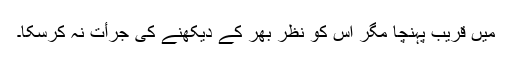
میں قریب پہنچا مگر اس کو نظر بھر کے دیکھنے کی جرأت نہ کرسکا۔